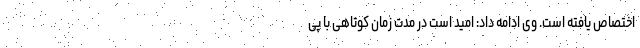
اختصاص یافته است. وی ادامه داد: امید است در مدت زمان کوتاهی با پی